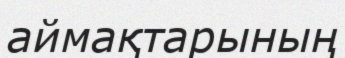
аймақтарының